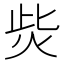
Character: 𤇬